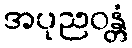
အပုညဝန္တံ